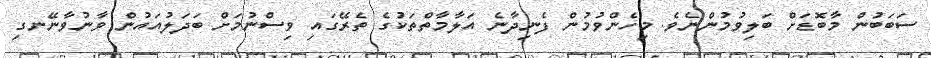
ސަބަބުން މާބޮޑަށް ބަލިވުމުންނެވެ. މިހެންވުމުން ފެނިދާނެ އަލާމާތްތަކުގެ ތެރޭގައި ވިސްނުމަށް ބަދަލުއައުން ވާނުވާނޭނގި